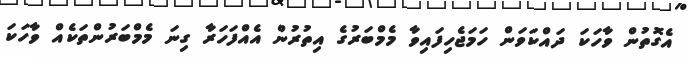
އެގޮތުން ވާހަކަ ދައްކަވަން ހަމަޖެހިފައިވާ މެމްބަރުގެ އިތުރުން އެއްފަހަރާ ގިނަ މެމްބަރުންތަކެއް ވާހަކަ